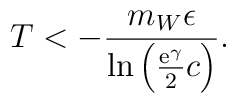
T<-\frac{m_W\epsilon}{\ln\left(\frac{{\rm e}^{\gamma}}{2}c\right)}.